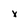
Character: x